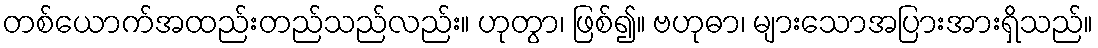
တစ်ယောက်အထည်းတည်သည်လည်း။ ဟုတွာ၊ ဖြစ်၍။ ဗဟုဓာ၊ များသောအပြားအားရှိသည်။